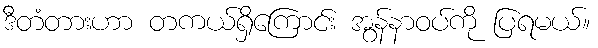
ဒီတံတားဟာ တကယ်ရှိကြောင်း အွန်နာဝပ်ကို ပြရမယ်။